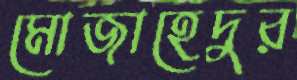
মোজাহেদুর